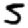
Digit: 5